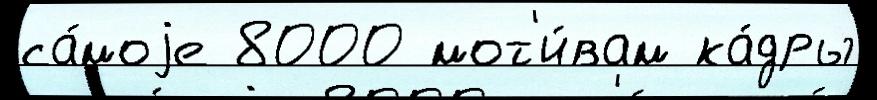
са́моjе 8000 мот'и́вам ка́дры